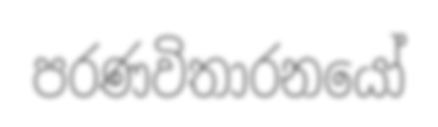
පරණවිතාරනයෝ